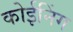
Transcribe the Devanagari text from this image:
कोईनिंग